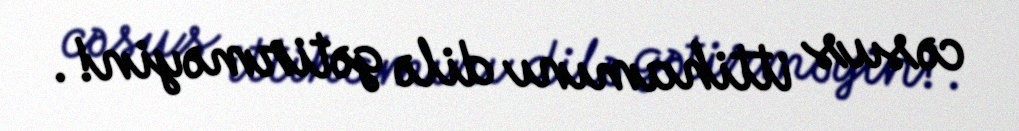
cəsus ittihamını dilə gətirməyin!.